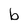
Character: b